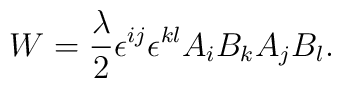
W= \frac{\lambda}{2} \epsilon^{ij} \epsilon^{kl} A_iB_kA_jB_l.